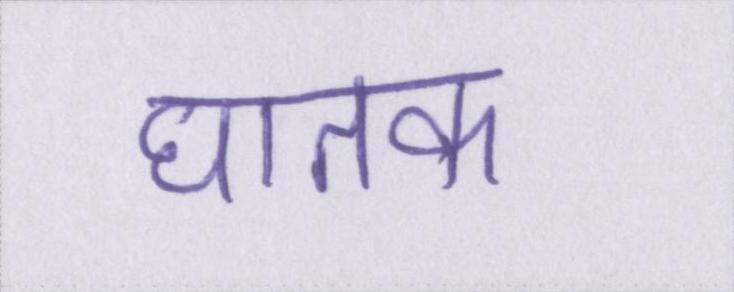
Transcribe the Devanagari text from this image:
घातक